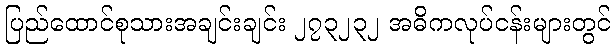
ပြည်ထောင်စုသားအချင်းချင်း ၂၇၃၂၃၂ အဓိကလုပ်ငန်းများတွင်